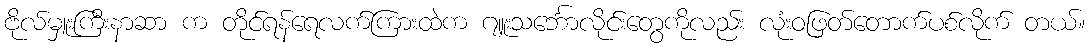
ဗိုလ်မှူးကြီးနာဆာ က တိုင်ရန်ရေလက်ကြားထဲက ဂျူးသင်္ဘောလိုင်းတွေကိုလည်း လုံးဝဖြတ်တောက်ပစ်လိုက် တယ်။